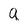
Character: q